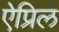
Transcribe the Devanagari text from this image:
ऐप्रिल